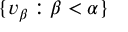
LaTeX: \lbrace v _ { \beta } : \beta < \alpha \rbrace